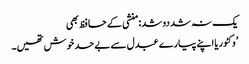
یک نہ شد دو شد: منشی کے حافظ بھی
’وکٹوریا اپنے پیارے عبدل سے بے حد خوش تھیں۔